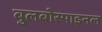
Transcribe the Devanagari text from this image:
बुलबोस्पाइनल